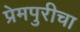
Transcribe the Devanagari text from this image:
प्रेमपुरीचा